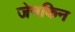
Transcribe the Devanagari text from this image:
जेनकिन